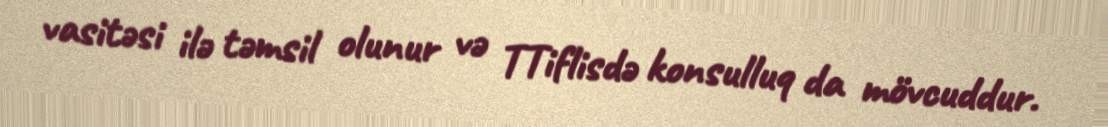
vasitəsi ilə təmsil olunur və TTiflisdə konsulluq da mövcuddur.